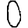
Digit: 0